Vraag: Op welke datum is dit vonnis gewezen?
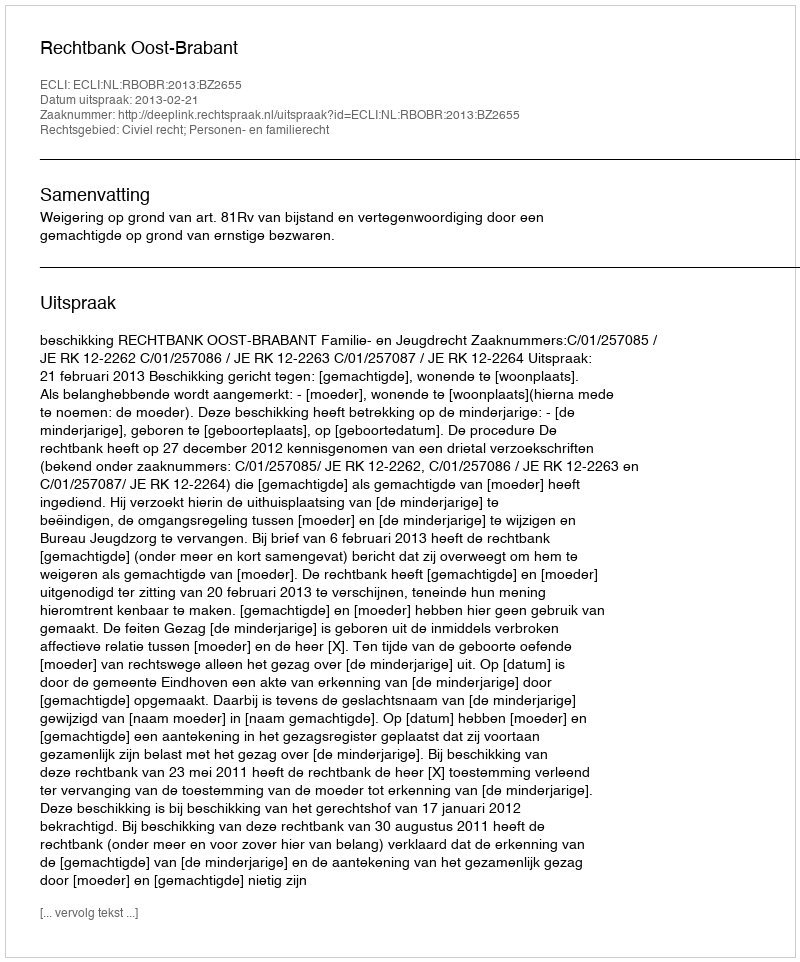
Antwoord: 2013-02-21